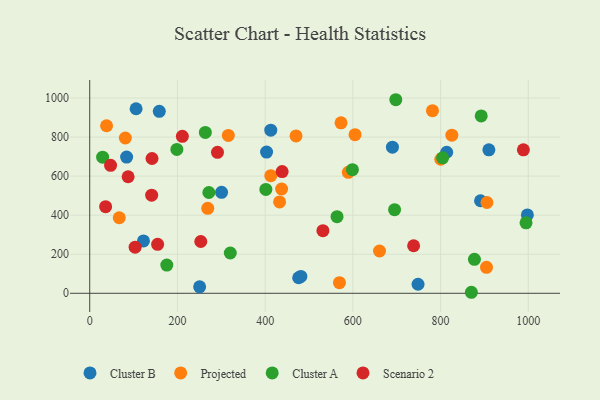
{"axis": {"x": "Investment", "y": "Sales"}, "legend": ["Cluster A", "Cluster B", "Projected", "Scenario 2"], "data": [{"x": "891.1", "y": 473.9, "type": "Cluster B"}, {"x": "910.1", "y": 734.7, "type": "Cluster B"}, {"x": "84.1", "y": 697.7, "type": "Cluster B"}, {"x": "122.5", "y": 268.4, "type": "Cluster B"}, {"x": "813.9", "y": 722.4, "type": "Cluster B"}, {"x": "476.4", "y": 79.7, "type": "Cluster B"}, {"x": "300.6", "y": 517.3, "type": "Cluster B"}, {"x": "250.6", "y": 33.1, "type": "Cluster B"}, {"x": "481.4", "y": 86.4, "type": "Cluster B"}, {"x": "690.2", "y": 748.4, "type": "Cluster B"}, {"x": "158.6", "y": 931.8, "type": "Cluster B"}, {"x": "412.8", "y": 835.3, "type": "Cluster B"}, {"x": "105.7", "y": 945.0, "type": "Cluster B"}, {"x": "997.9", "y": 401.1, "type": "Cluster B"}, {"x": "403.2", "y": 723.0, "type": "Cluster B"}, {"x": "748.6", "y": 46.2, "type": "Cluster B"}, {"x": "589.6", "y": 619.4, "type": "Projected"}, {"x": "569.4", "y": 54.3, "type": "Projected"}, {"x": "412.9", "y": 602.5, "type": "Projected"}, {"x": "825.7", "y": 809.6, "type": "Projected"}, {"x": "432.9", "y": 467.7, "type": "Projected"}, {"x": "800.5", "y": 686.5, "type": "Projected"}, {"x": "437.5", "y": 534.0, "type": "Projected"}, {"x": "604.9", "y": 812.4, "type": "Projected"}, {"x": "269.1", "y": 434.9, "type": "Projected"}, {"x": "660.8", "y": 216.5, "type": "Projected"}, {"x": "38.4", "y": 858.1, "type": "Projected"}, {"x": "81.2", "y": 795.2, "type": "Projected"}, {"x": "316.0", "y": 808.4, "type": "Projected"}, {"x": "905.7", "y": 464.9, "type": "Projected"}, {"x": "904.7", "y": 133.2, "type": "Projected"}, {"x": "67.3", "y": 386.8, "type": "Projected"}, {"x": "573.0", "y": 872.8, "type": "Projected"}, {"x": "470.4", "y": 806.1, "type": "Projected"}, {"x": "781.5", "y": 935.4, "type": "Projected"}, {"x": "994.8", "y": 361.0, "type": "Cluster A"}, {"x": "599.0", "y": 633.2, "type": "Cluster A"}, {"x": "804.6", "y": 693.9, "type": "Cluster A"}, {"x": "695.1", "y": 428.2, "type": "Cluster A"}, {"x": "870.2", "y": 5.2, "type": "Cluster A"}, {"x": "175.7", "y": 144.3, "type": "Cluster A"}, {"x": "563.9", "y": 392.2, "type": "Cluster A"}, {"x": "271.6", "y": 516.3, "type": "Cluster A"}, {"x": "877.2", "y": 173.8, "type": "Cluster A"}, {"x": "320.5", "y": 206.4, "type": "Cluster A"}, {"x": "263.6", "y": 823.8, "type": "Cluster A"}, {"x": "401.6", "y": 531.8, "type": "Cluster A"}, {"x": "892.6", "y": 908.3, "type": "Cluster A"}, {"x": "198.7", "y": 736.7, "type": "Cluster A"}, {"x": "29.4", "y": 696.9, "type": "Cluster A"}, {"x": "697.9", "y": 991.3, "type": "Cluster A"}, {"x": "142.0", "y": 690.2, "type": "Scenario 2"}, {"x": "438.7", "y": 623.3, "type": "Scenario 2"}, {"x": "36.2", "y": 443.5, "type": "Scenario 2"}, {"x": "291.3", "y": 721.8, "type": "Scenario 2"}, {"x": "988.8", "y": 734.5, "type": "Scenario 2"}, {"x": "87.5", "y": 596.9, "type": "Scenario 2"}, {"x": "141.2", "y": 502.4, "type": "Scenario 2"}, {"x": "531.7", "y": 320.8, "type": "Scenario 2"}, {"x": "47.5", "y": 655.6, "type": "Scenario 2"}, {"x": "211.2", "y": 804.0, "type": "Scenario 2"}, {"x": "253.2", "y": 265.2, "type": "Scenario 2"}, {"x": "154.8", "y": 251.0, "type": "Scenario 2"}, {"x": "103.5", "y": 236.2, "type": "Scenario 2"}, {"x": "738.5", "y": 243.5, "type": "Scenario 2"}]}